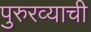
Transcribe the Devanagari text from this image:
पुरुरव्याची